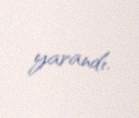
yarandı.